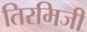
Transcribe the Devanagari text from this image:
तिरमिजी